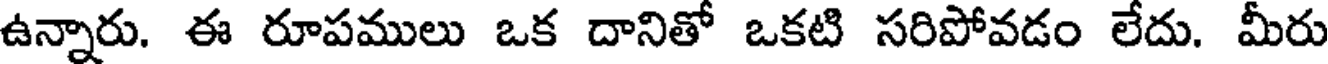
ఉన్నారు. ఈ రూపములు ఒక దానితో ఒకటి సరిపోవడం లేదు. మీరు